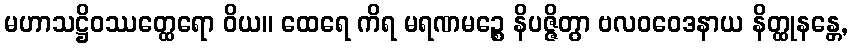
မဟာသဋ္ဌိဝဿတ္ထေရော ဝိယ။ ထေရေ ကိရ မရဏမဉ္စေ နိပဇ္ဇိတွာ ဗလဝဝေဒနာယ နိတ္ထုနန္တေ,